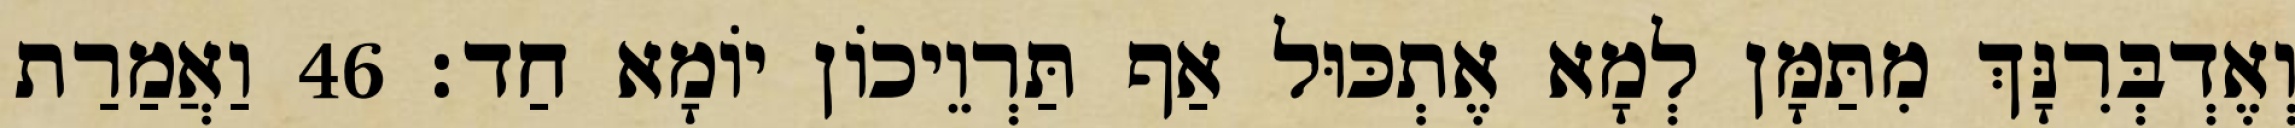
וְאֶדְבְּרִנָּךְ מִתַּמָּן לְמָא אֶתְכּוּל אַף תַּרְוֵיכוֹן יוֹמָא חַד׃ 46 וַאֲמַרַת